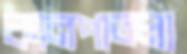
কানপাতলা